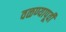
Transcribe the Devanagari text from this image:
वळण्यापूर्वी